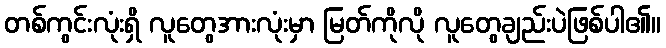
တစ်ကွင်းလုံးရှိ လူတွေအားလုံးမှာ မြတ်ကိုလို လူတွေချည်းပဲဖြစ်ပါ၏။